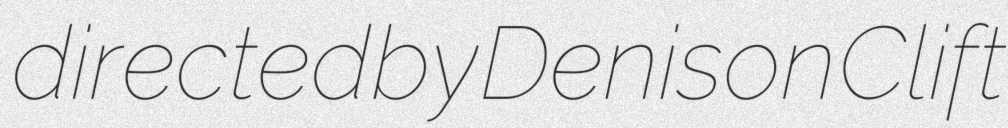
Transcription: directed by Denison Clift